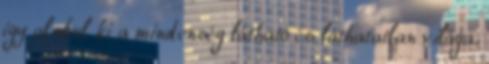
így alakul ki a mindenség látható és láthatatlan világa.